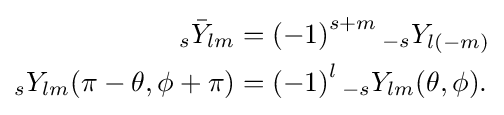
{\begin{aligned}{}_{s}{\bar {Y}}_{lm}&=\left(-1\right)^{s+m}{}_{-s}Y_{l(-m)}\\{}_{s}Y_{lm}(\pi -\theta ,\phi +\pi )&=\left(-1\right)^{l}{}_{-s}Y_{lm}(\theta ,\phi ).\end{aligned}}